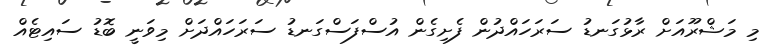
މި މަޝްރޫއަށް ރާޅުގަނޑު ސަރަހައްދުން ފެށިގެން އުސްފަސްގަނޑު ސަރަހައްދަށް މިވަނީ ބޮޑު ސައިޓެއް